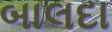
બાલદા